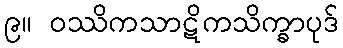
၉။ ဝဿိကသာဋိကသိက္ခာပုဒ်